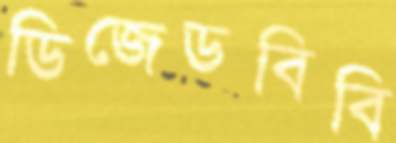
ডিজেডবিবি